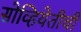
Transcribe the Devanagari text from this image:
सोव्हियेतीची